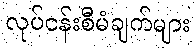
လုပ်ငန်းစီမံချက်များ